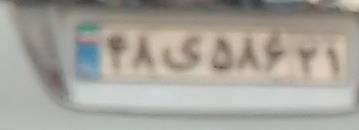
۴۸ی۵۸۶۲۱